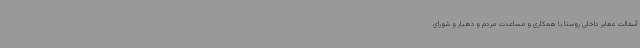
آسفالت معابر داخلی روستا با همکاری و مساعدت مردم و دهیار و شورای